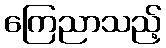
ကြေညာသည့်